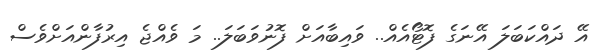
އޭ ދައްކަބަލަ އޭނަގެ ފޮޓޯއެއް.. ވައިބާއަށް ފޮނުވަބަލަ.. މަ ވެއްޖެ އިރުފާންއަށްވެސް